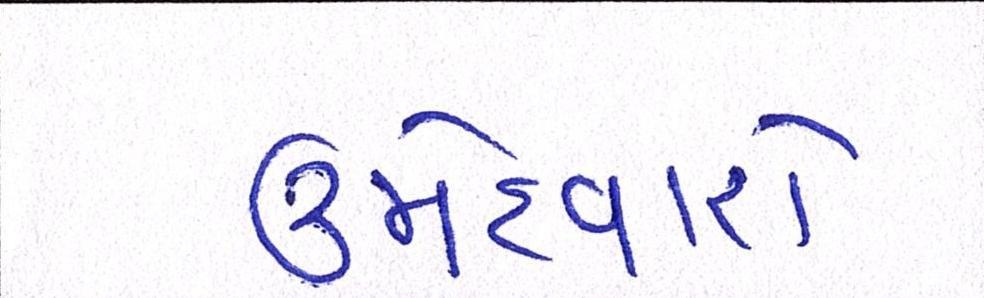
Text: ઉમેદવારો